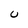
Character: U